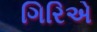
ગિરિએ